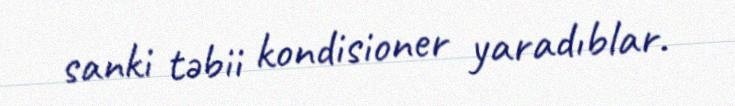
sanki təbii kondisioner yaradıblar.